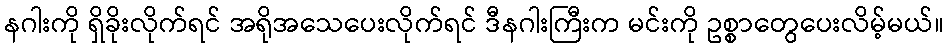
နဂါးကို ရှိခိုးလိုက်ရင် အရိုအသေပေးလိုက်ရင် ဒီနဂါးကြီးက မင်းကို ဥစ္စာတွေပေးလိမ့်မယ်။